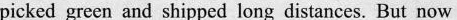
picked grecn and shipped long distances. But now